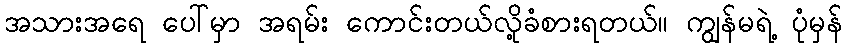
အသားအရေ ပေါ်မှာ အရမ်း ကောင်းတယ်လို့ခံစားရတယ်။ ကျွန်မရဲ့ ပုံမှန်